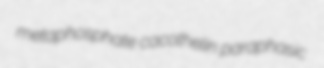
metaphosphate cacothelin paraphasic